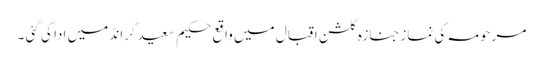
مرحومہ کی نمازجنازہ گلشن اقبال میں واقع حکیم سعید گرانڈ میں ادا کی گئی ۔